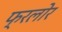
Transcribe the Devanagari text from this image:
फ्रलोर